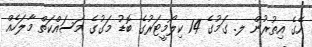
އޭގެ އިތުރުން ލ. ގަމުގެ 14 ކިލޯމީޓަރުގެ ބޮޑު މަގުގެ މަސައްކަތް މާލަހެއް